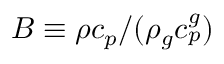
B \equiv { \rho c _ { p } } / ( \rho _ { g } c _ { p } ^ { g } )